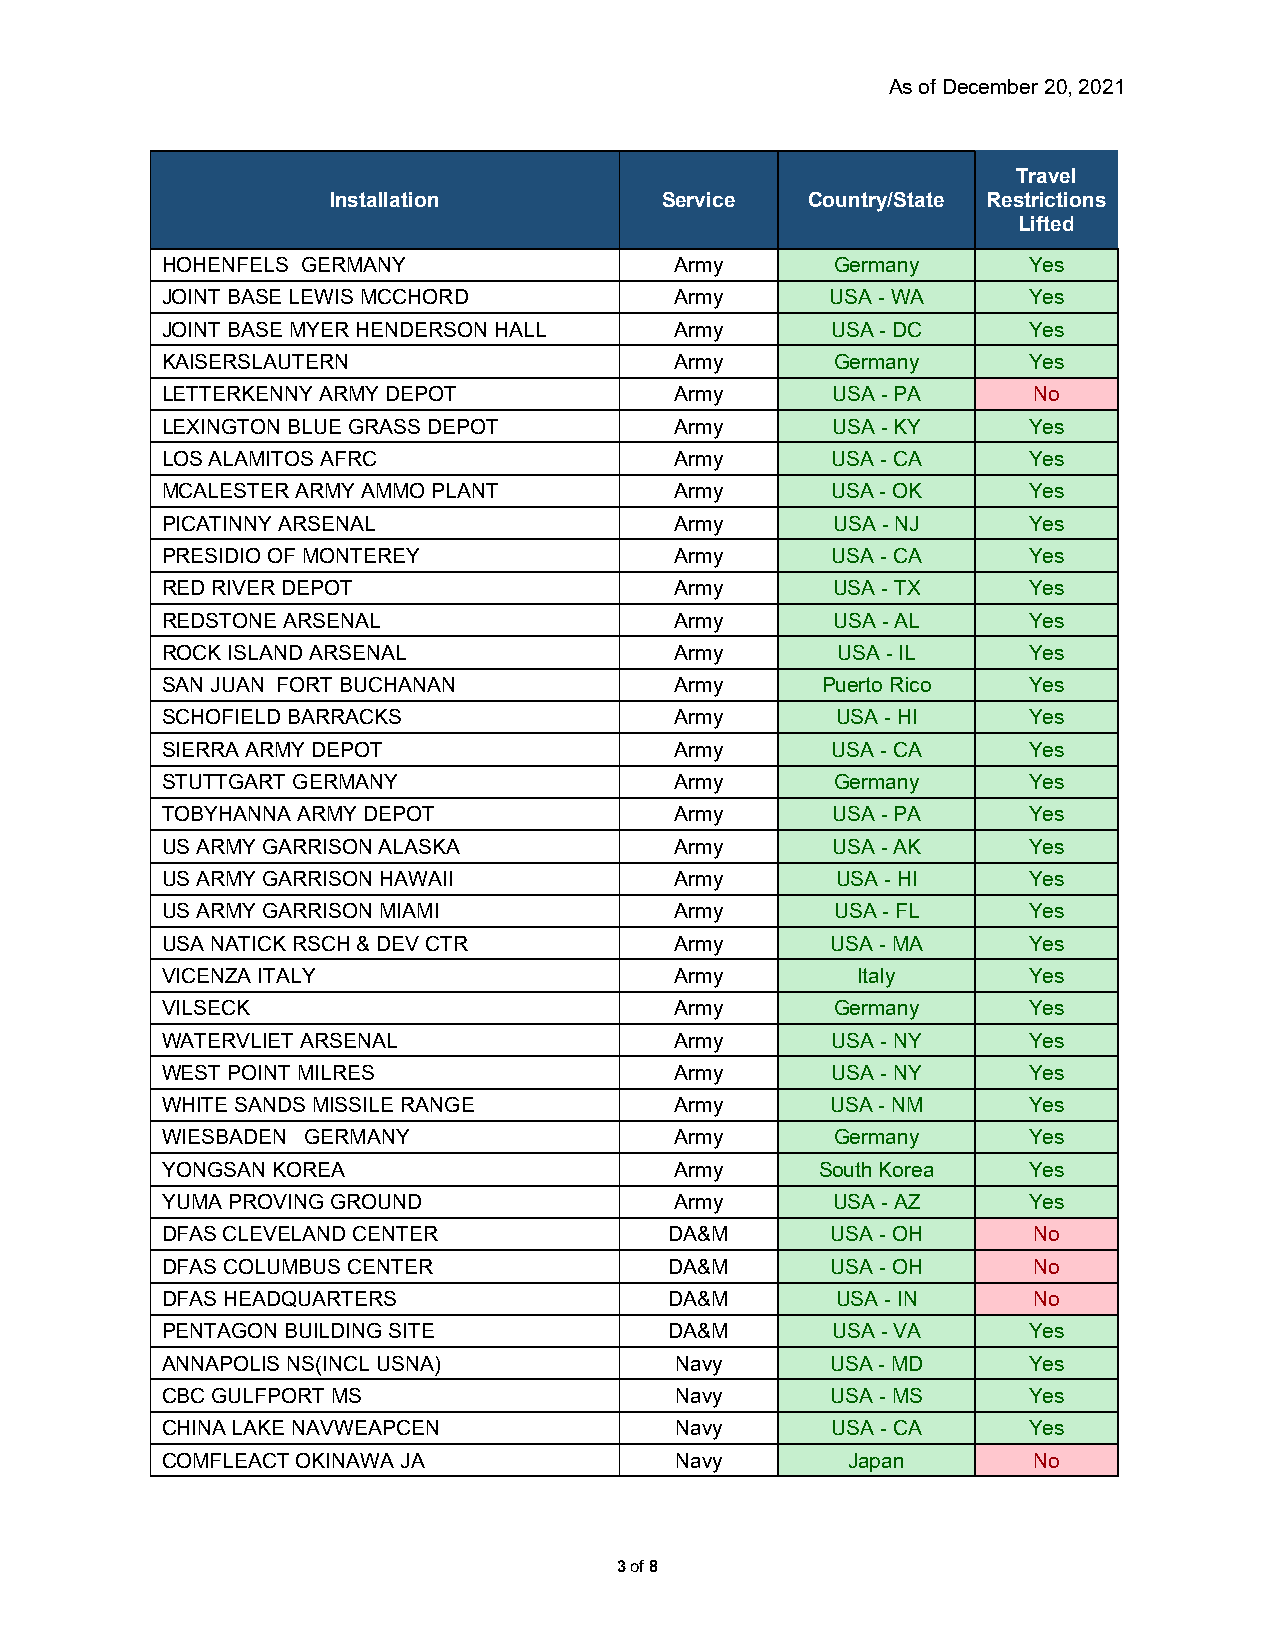
As of December 20, 2021
 Travel
 Installation          Service   Country/State Restrictions
 Lifted
 HOHENFELS GERMANY                 Army      Germany      Yes
 JOINT BASE LEWIS MCCHORD          Army      USA - WA     Yes
 JOINT BASE MYER HENDERSON HALL    Army      USA - DC     Yes
 KAISERSLAUTERN                    Army      Germany      Yes
 LETTERKENNY ARMY DEPOT            Army      USA - PA     No
 LEXINGTON BLUE GRASS DEPOT        Army      USA - KY     Yes
 LOS ALAMITOS AFRC                 Army      USA - CA     Yes
 MCALESTER ARMY AMMO PLANT         Army      USA - OK     Yes
 PICATINNY ARSENAL                 Army      USA - NJ     Yes
 PRESIDIO OF MONTEREY              Army      USA - CA     Yes
 RED RIVER DEPOT                   Army      USA - TX     Yes
 REDSTONE ARSENAL                  Army      USA - AL     Yes
 ROCK ISLAND ARSENAL               Army      USA - IL     Yes
 SAN JUAN FORT BUCHANAN            Army     Puerto Rico   Yes
 SCHOFIELD BARRACKS                Army      USA - HI     Yes
 SIERRA ARMY DEPOT                 Army      USA - CA     Yes
 STUTTGART GERMANY                 Army      Germany      Yes
 TOBYHANNA ARMY DEPOT              Army      USA - PA     Yes
 US ARMY GARRISON ALASKA           Army      USA - AK     Yes
 US ARMY GARRISON HAWAII           Army      USA - HI     Yes
 US ARMY GARRISON MIAMI            Army      USA - FL     Yes
 USA NATICK RSCH & DEV CTR         Army      USA - MA     Yes
 VICENZA ITALY                     Army        Italy      Yes
 VILSECK                           Army      Germany      Yes
 WATERVLIET ARSENAL                Army      USA - NY     Yes
 WEST POINT MILRES                 Army      USA - NY     Yes
 WHITE SANDS MISSILE RANGE         Army      USA - NM     Yes
 WIESBADEN GERMANY                 Army      Germany      Yes
 YONGSAN KOREA                     Army     South Korea   Yes
 YUMA PROVING GROUND               Army      USA - AZ     Yes
 DFAS CLEVELAND CENTER            DA&M       USA - OH     No
 DFAS COLUMBUS CENTER             DA&M       USA - OH     No
 DFAS HEADQUARTERS                DA&M       USA - IN     No
 PENTAGON BUILDING SITE           DA&M       USA - VA     Yes
 ANNAPOLIS NS(INCL USNA)           Navy      USA - MD     Yes
 CBC GULFPORT MS                   Navy      USA - MS     Yes
 CHINA LAKE NAVWEAPCEN             Navy      USA - CA     Yes
 COMFLEACT OKINAWA JA              Navy       Japan       No
 3 of 8